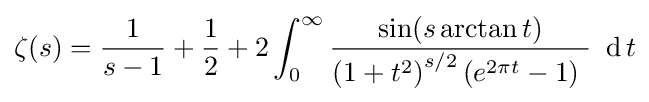
\zeta (s)={\frac {1}{s-1}}+{\frac {1}{2}}+2\int _{0}^{\infty }{\frac {\sin(s\arctan t)}{\left(1+t^{2}\right)^{s/2}\left(e^{2\pi t}-1\right)\ }}\ \operatorname {d} t